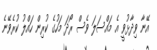
އޭނާ ވިދާޅުވީ އެ މައްސަލަ ވެސް ރޯދަ މަހުގެ ކުރިން ހައްލު ކުރެވޭނެ